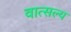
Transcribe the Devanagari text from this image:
वात्‍सल्‍य